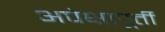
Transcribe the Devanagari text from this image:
अपेक्षापूर्ती